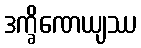
ဒက္ခိဏေယျဿ